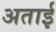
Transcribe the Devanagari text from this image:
अताई